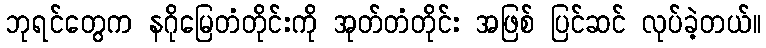
ဘုရင်တွေက နဂိုမြေတံတိုင်းကို အုတ်တံတိုင်း အဖြစ် ပြင်ဆင် လုပ်ခဲ့တယ်။